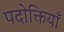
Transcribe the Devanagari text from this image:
पदोक्तियाँ